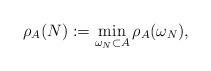
LaTeX: \begin{align*}\rho_A(N):=\min_{\omega_N\subset A} \rho_A(\omega_N),\end{align*}